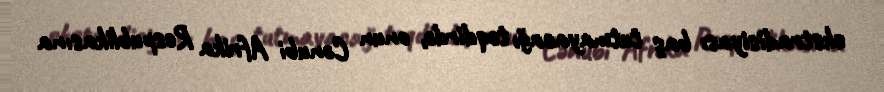
ekstradisiyası baş tutmayacağı təqdirdə, onun Cənubi Afrika Respublikasına